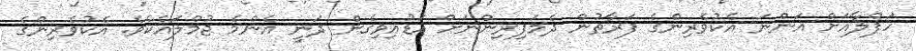
ހަފްލާއަށް އަންނަ އެކުވެރިންގެ ފަރާތުން ދެމަފިރިންނަށް އަޑުއިވިގެން ދަނީ އެންމެ ޖުމްލައެކެވެ. އެކުވެރިންގެ